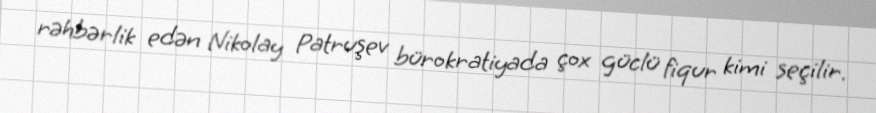
rəhbərlik edən Nikolay Patruşev bürokratiyada çox güclü fiqur kimi seçilir.